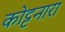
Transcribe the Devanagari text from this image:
कोट्टनारा